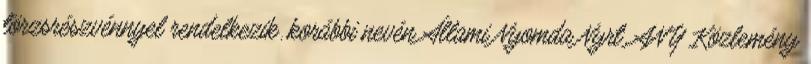
törzsrészvénnyel rendelkezik. korábbi nevén Állami Nyomda Nyrt. ANY Közlemény